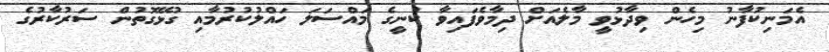
އެމަނިކުފާނު މިހެން ވިދާޅުވީ މާލެއަށް ދިމާވެފައިވާ ކުނީގެ މައްސަލަ ހައްލުކުރުމާއި ގުޅޭގޮތުން ސަރުކާރުގެ